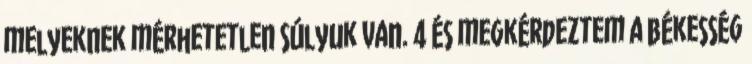
melyeknek mérhetetlen súlyuk van. 4 És megkérdeztem a békesség